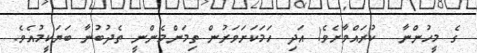
ގެ މީހުންނާ  ކުރައްވާށެވެ! އަދި ހަމަކަށަވަރުން ތިމަންމެންނީ ތެދުބުނާ ބަޔަކީމުއެވެ.